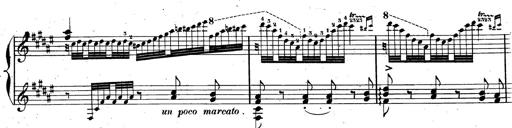
Title: AnnÃ©es de pÃ¨lerinage II, SupplÃ©ment
Composer: Franz Liszt